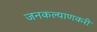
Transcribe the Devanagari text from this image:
जनकल्याणकरी